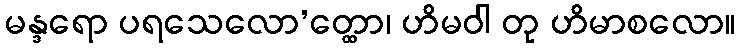
မန္ဒရော ပရသေလော’တ္ထော၊ ဟိမဝါ တု ဟိမာစလော။